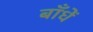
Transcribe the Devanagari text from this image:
बाँधें